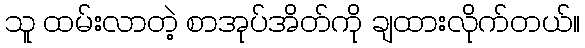
သူ ထမ်းလာတဲ့ စာအုပ်အိတ်ကို ချထားလိုက်တယ်။